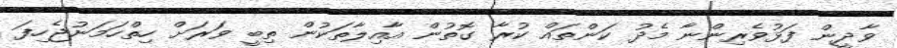
ވާދީން ފަޅުވެރިންނާ މެދު ކަންތައް ކުރާ ގޮތުން އާއިލާތަކުން ތިބީ ވަރަށް ހިތްހަމަނުޖެހިފަ